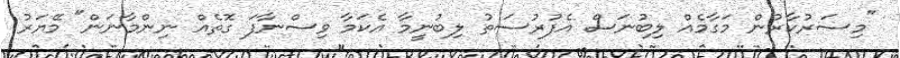
"މިސަރުކާރުން މަގާމެއް ލިބުނަސް އެފުރުސަތު ލިބުނީމާ އެކަމާ ވިސްނާފަ ގޮތެއް ނިންމާނަން" މޭޔަރު